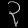
Digit: ၃